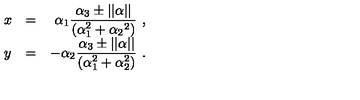
\begin{array} { l c r } { x } & { = } & { \alpha _ { 1 } \displaystyle \frac { \alpha _ { 3 } \pm | | \alpha | | } { ( \alpha _ { 1 } ^ { 2 } + \alpha _ { 2 } { } ^ { 2 } ) } \ , } \\ { y } & { = } & { \displaystyle - \alpha _ { 2 } \frac { \alpha _ { 3 } \pm | | \alpha | | } { ( \alpha _ { 1 } ^ { 2 } + \alpha _ { 2 } ^ { 2 } ) } \ . } \\ \end{array}